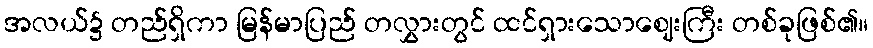
အလယ်၌ တည်ရှိကာ မြန်မာပြည် တလွှားတွင် ထင်ရှားသောဈေးကြီး တစ်ခုဖြစ်၏။